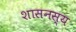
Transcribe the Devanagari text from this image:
शासनस्य